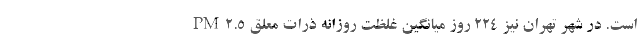
است. در شهر تهران نیز ۲۲۴ روز میانگین غلظت روزانه ذرات معلق PM۲.۵